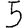
Digit: 5